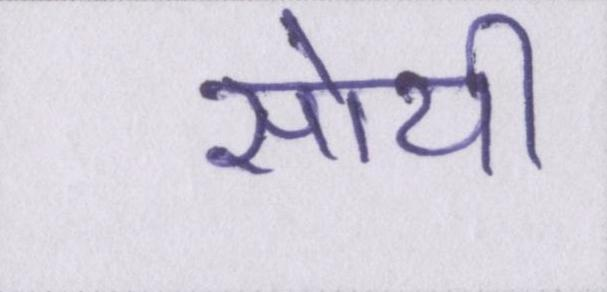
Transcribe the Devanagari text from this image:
सोयी